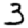
Digit: 3